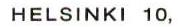
HELSINKI 10,